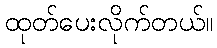
ထုတ်ပေးလိုက်တယ်။